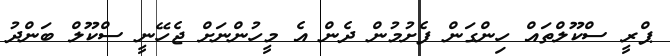
ޕްރީ ސްކޫލްތައް ހިންގަން ފެށުމުން ދެން އެ މީހުންނަށް ޖެހޭނީ ސްކޫލް ބަންދު